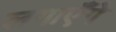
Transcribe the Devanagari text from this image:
लगाएँगे